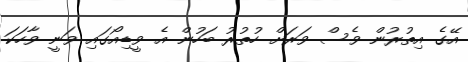
އޭގެ އިތުރުން ވެސް ވަރަށް ހުތުރު ބަހުން އެ ވީޑިއޯގައި ވަނީ ވާހަކަ